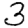
Digit: 3